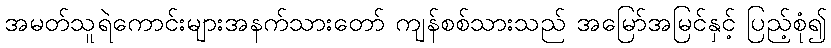
အမတ်သူရဲကောင်းများအနက်သားတော် ကျန်စစ်သားသည် အမြော်အမြင်နှင့် ပြည့်စုံ၍